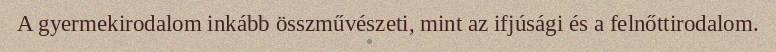
A gyermekirodalom inkább összművészeti, mint az ifjúsági és a felnőttirodalom.